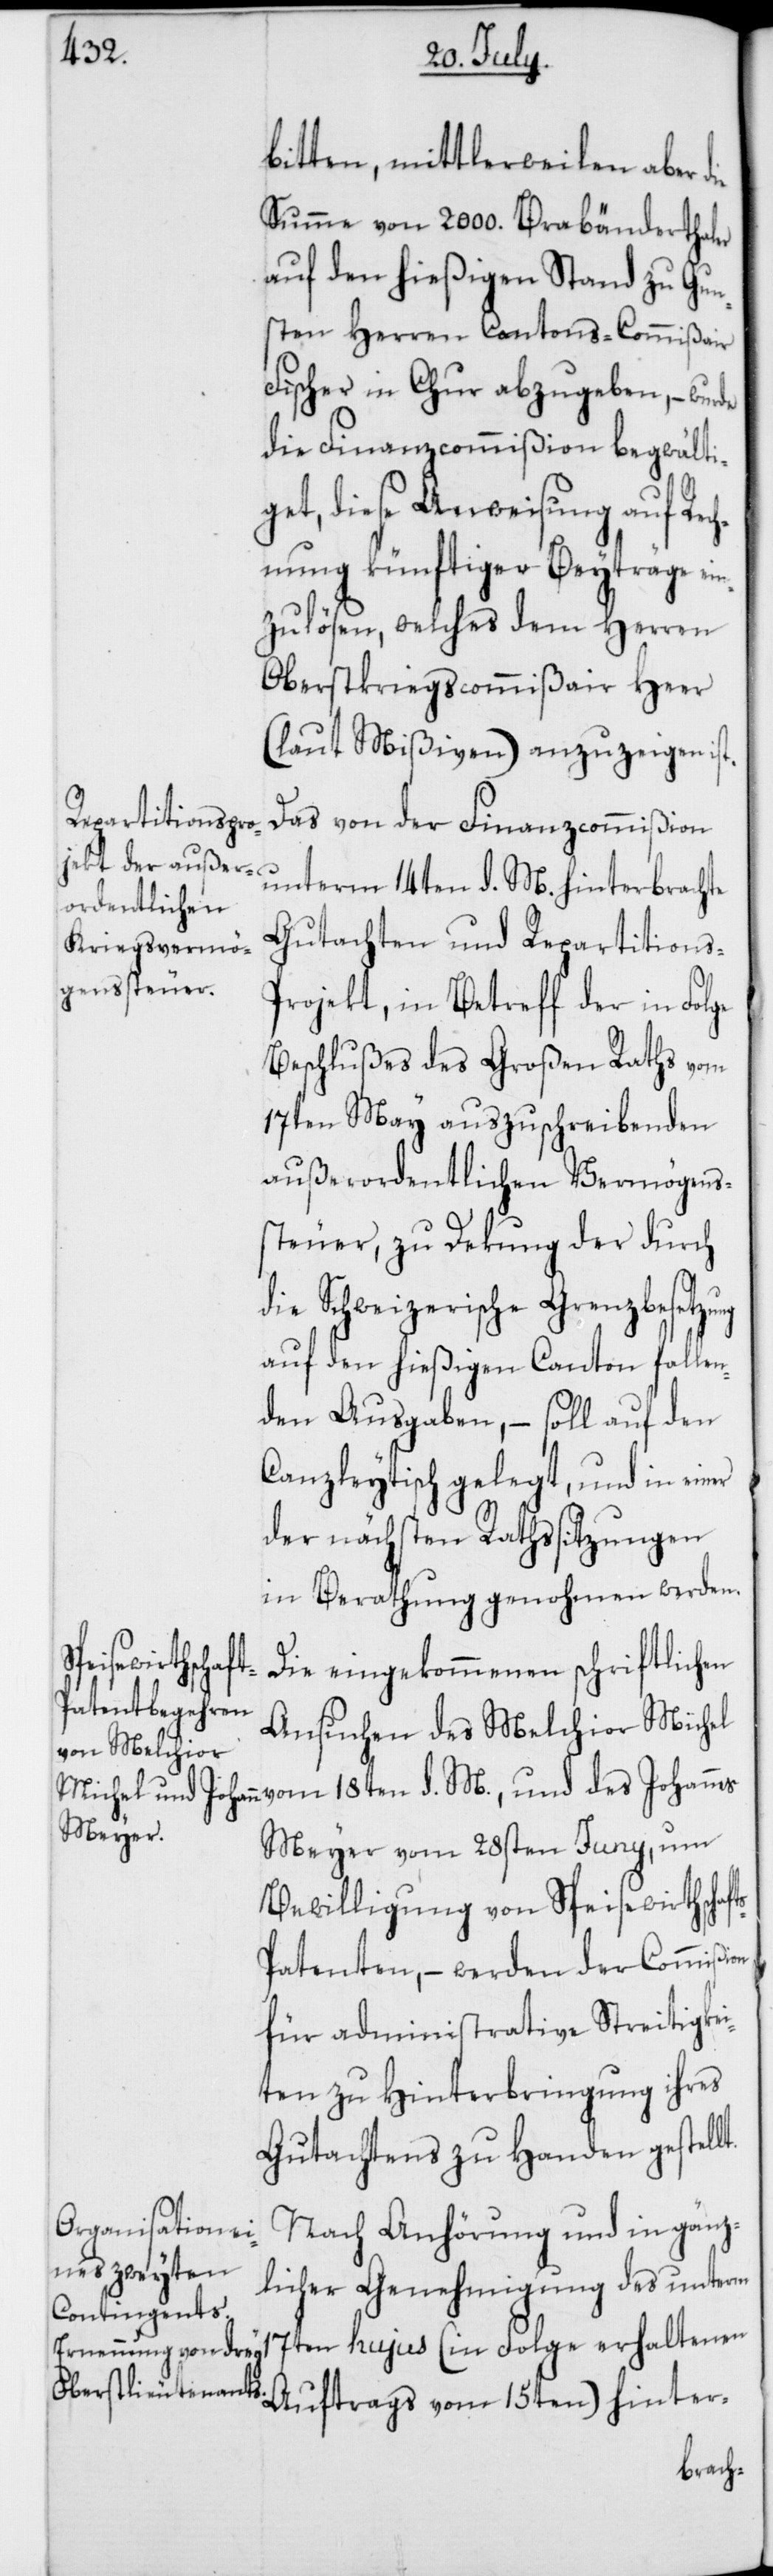
ts-P¬

bitten, mittlerweilen aber die
Summe von 2000. Brabänderthaler
auf den hießigen Stand zu Gun¬
sten Herren Cantons-Commißair
Fischer in Chur abzugeben, – wurde
die Finanzcommißion begwälti¬
get, diese Anweisung auf Rec¬
hnung künftiger Beyträge ei¬
nzulösen, welches dem Herren
Oberstkriegscommißair Heer
(laut Mißiven) anzuzeigen ist.
Das von der Finanzcommißion
unterm 14ten d. M. hinterbrachte
Gutachten und Repartitions-P¬
rojekt, in Betreff der in Folge
Beschlußes des Großen Raths vom
17ten May auszuschreibenden
außerordentlichen Vermögens¬
steuer, zu Dekung der durch
die Schweizerische Grenzbesetzu¬
auf den hießigen Canton fallen¬
den Ausgaben, – soll auf den
Canzleytisch gelegt, und in einer
der nächsten Rathssitzungen
in Berathung genohmen werden.
Die eingekommenen schriftlichen
Ansuchen des Melchior Michel
Meyer vom 28sten Juny, um
Bewilligung von Speisewirthschaf¬
atenten, – werden der Commißion
für administrative Streitigkei¬
ten zu Hinterbringung ihres
Gutachtens zu Handen gestellt.
Nach Anhörung und in gänz¬
licher Genehmigung des unterm
17ten hujus (in Folge erhaltenen
Auftrags vom 15ten) hinter-